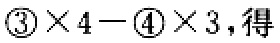
$\textcircled{3}\times 4 - \textcircled{4}\times 3$，得